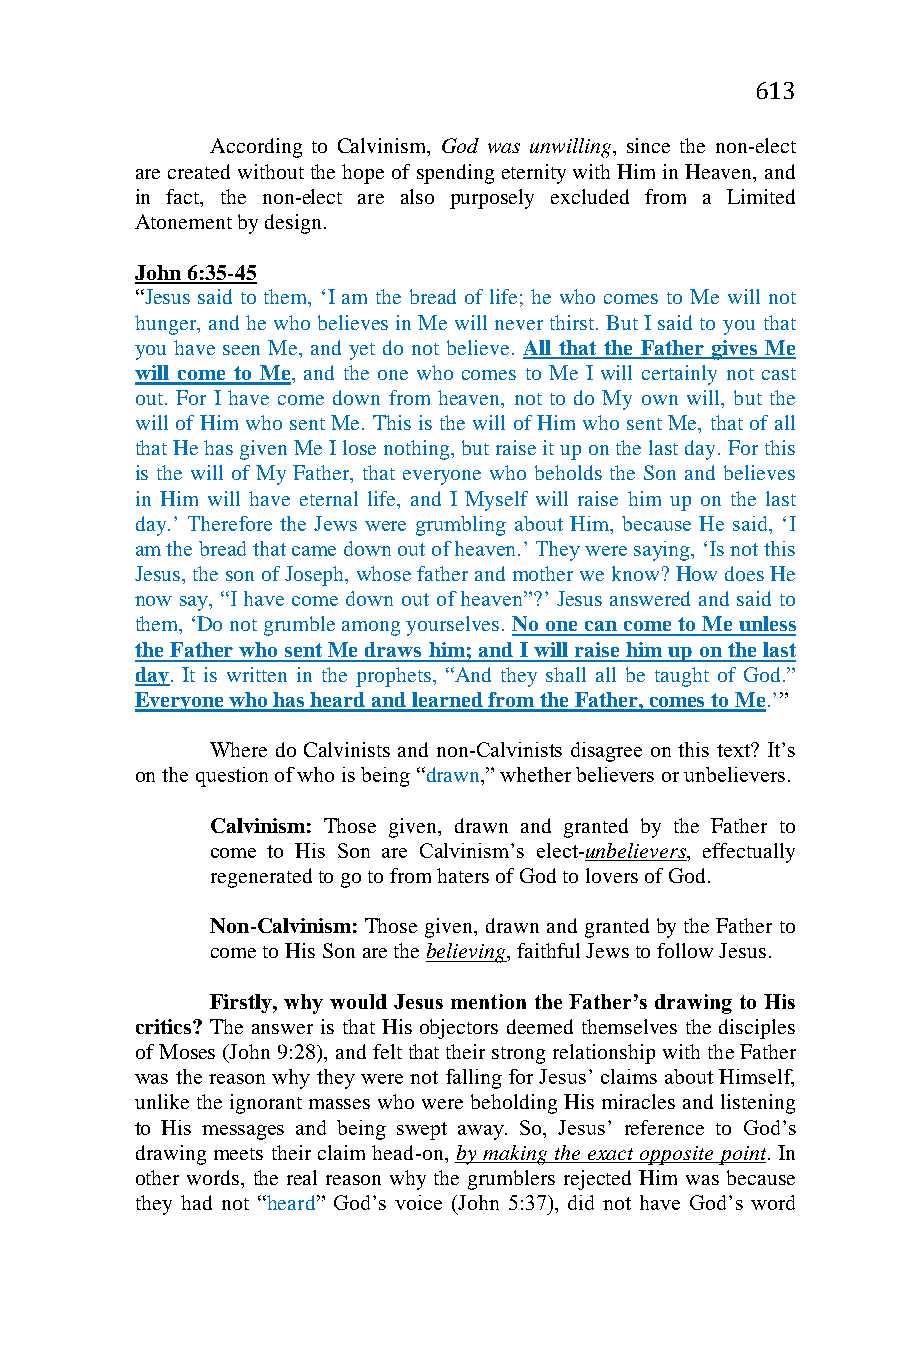
613
 According to Calvinism, God was unwilling, since the non-elect
 are created without the hope of spending eternity with Him in Heaven, and
 in fact, the non-elect are also purposely excluded from a Limited
 Atonement by design.
 John 6:35-45
 “Jesus said to them, ‘I am the bread of life; he who comes to Me will not
 hunger, and he who believes in Me will never thirst. But I said to you that
 you have seen Me, and yet do not believe. All that the Father gives Me
 will come to Me, and the one who comes to Me I will certainly not cast
 out. For I have come down from heaven, not to do My own will, but the
 will of Him who sent Me. This is the will of Him who sent Me, that of all
 that He has given Me I lose nothing, but raise it up on the last day. For this
 is the will of My Father, that everyone who beholds the Son and believes
 in Him will have eternal life, and I Myself will raise him up on the last
 day.’ Therefore the Jews were grumbling about Him, because He said, ‘I
 am the bread that came down out of heaven.’ They were saying, ‘Is not this
 Jesus, the son of Joseph, whose father and mother we know? How does He
 now say, “I have come down out of heaven”?’ Jesus answered and said to
 them, ‘Do not grumble among yourselves. No one can come to Me unless
 the Father who sent Me draws him; and I will raise him up on the last
 day. It is written in the prophets, “And they shall all be taught of God.”
 Everyone who has heard and learned from the Father, comes to Me.’”
 Where do Calvinists and non-Calvinists disagree on this text? It’s
 on the question of who is being “drawn,” whether believers or unbelievers.
 Calvinism: Those given, drawn and granted by the Father to
 come to His Son are Calvinism’s elect-unbelievers, effectually
 regenerated to go to from haters of God to lovers of God.
 Non-Calvinism: Those given, drawn and granted by the Father to
 come to His Son are the believing, faithful Jews to follow Jesus.
 Firstly, why would Jesus mention the Father’s drawing to His
 critics? The answer is that His objectors deemed themselves the disciples
 of Moses (John 9:28), and felt that their strong relationship with the Father
 was the reason why they were not falling for Jesus’ claims about Himself,
 unlike the ignorant masses who were beholding His miracles and listening
 to His messages and being swept away. So, Jesus’ reference to God’s
 drawing meets their claim head-on, by making the exact opposite point. In
 other words, the real reason why the grumblers rejected Him was because
 they had not “heard” God’s voice (John 5:37), did not have God’s word